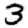
Digit: 3